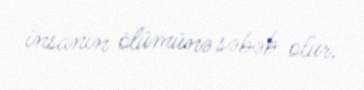
insanın ölümünə səbəb olur.